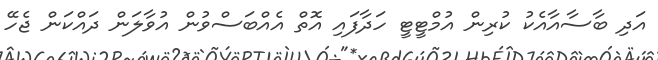
އަދި ބާސާއާއެކު ކުރިން އުމްޓީޓީ ހަދާފައި އޮތް އެއްބަސްވުން އުވާލަން ދައްކަން ޖެހޭ